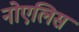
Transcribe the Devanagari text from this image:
नोएलिस